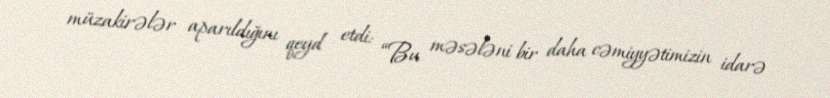
müzakirələr aparıldığını qeyd etdi: “Bu məsələni bir daha cəmiyyətimizin idarə